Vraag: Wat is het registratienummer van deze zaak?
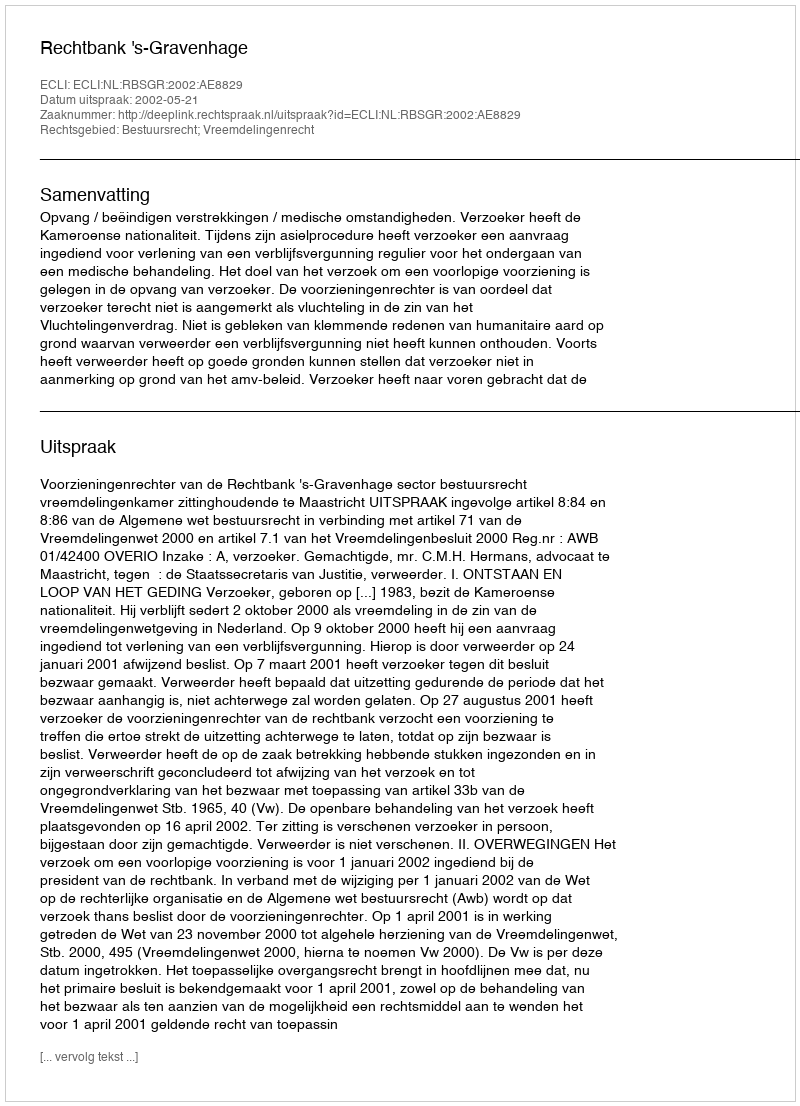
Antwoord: http://deeplink.rechtspraak.nl/uitspraak?id=ECLI:NL:RBSGR:2002:AE8829